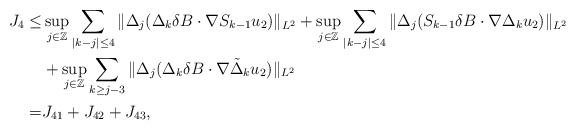
LaTeX: \begin{align*}J_{4}\le& \sup_{j\in \mathbb{Z}}\sum_{|k-j|\le4}\|\Delta_{j}(\Delta_{k}\delta B\cdot\nabla S_{k-1}u_{2})\|_{L^2}+\sup_{j\in \mathbb{Z}}\sum_{|k-j|\le4}\|\Delta_{j}(S_{k-1}\delta B\cdot\nabla \Delta_{k}u_{2})\|_{L^2}\\&+\sup_{j\in \mathbb{Z}}\sum_{k\ge j-3}\|\Delta_{j}(\Delta_{k}\delta B\cdot\nabla\tilde{\Delta}_{k}u_{2})\|_{L^2}\\=&J_{41}+J_{42}+J_{43},\end{align*}